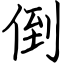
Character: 倒